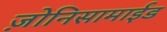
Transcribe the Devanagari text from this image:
ज़ोनिसामाईड